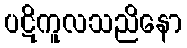
ပဋိကူလသညိနော